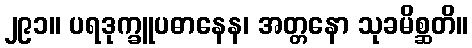
၂၉၁။ ပရဒုက္ခူပဓာနေန၊ အတ္တနော သုခမိစ္ဆတိ။